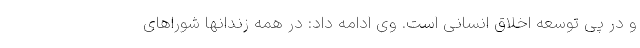
و در پی توسعه اخلاق انسانی است. وی ادامه داد: در همه زندانها شوراهای